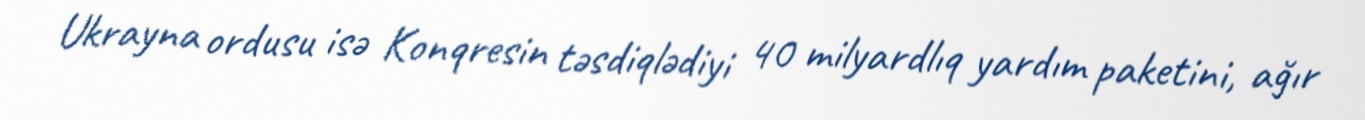
Ukrayna ordusu isə Konqresin təsdiqlədiyi 40 milyardlıq yardım paketini, ağır